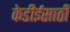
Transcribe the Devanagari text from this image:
केडीईसाठी